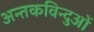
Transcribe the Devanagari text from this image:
अन्तकविन्दुओं